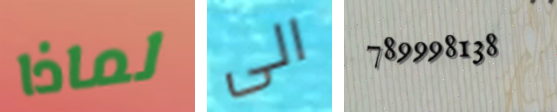
لماذا الى 789998138